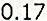
0.17